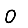
Digit: 0